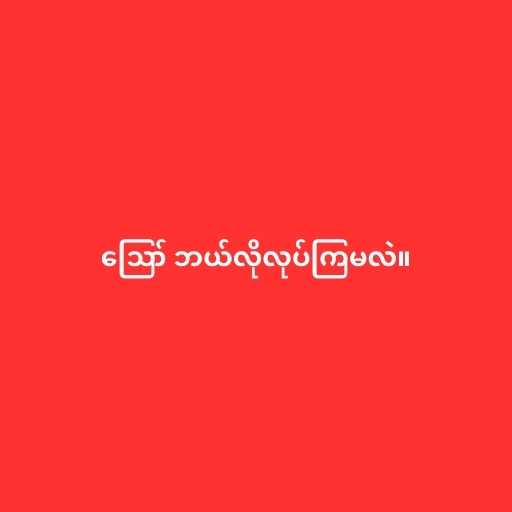
ဪ ဘယ်လိုလုပ်ကြမလဲ။